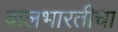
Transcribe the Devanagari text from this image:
बालभारतीचा